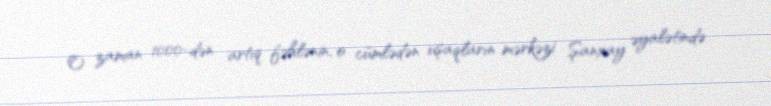
O zaman 1000-dən artıq fəhlənin, o cümlədən uşaqların mərkəzi Şanxay əyalətində